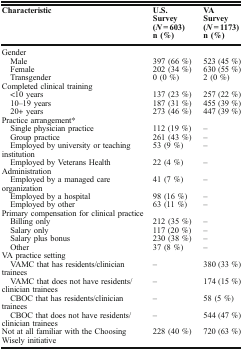
<table><thead><tr><td><b>Characteristic</b></td><td><b>U.S. Survey(<i>N</i> = 603)n (%)</b></td><td><b>VA Survey(<i>N</i> = 1173)n (%)</b></td></tr></thead><tbody><tr><td colspan="3">Gender</td></tr><tr><td> Male</td><td>397 (66 %)</td><td>523 (45 %)</td></tr><tr><td> Female</td><td>202 (34 %)</td><td>630 (55 %)</td></tr><tr><td> Transgender</td><td>0 (0 %)</td><td>2 (0 %)</td></tr><tr><td colspan="3">Completed clinical training</td></tr><tr><td> &lt;10 years</td><td>137 (23 %)</td><td>257 (22 %)</td></tr><tr><td> 10–19 years</td><td>187 (31 %)</td><td>455 (39 %)</td></tr><tr><td> 20+ years</td><td>273 (46 %)</td><td>447 (39 %)</td></tr><tr><td colspan="3">Practice arrangement*</td></tr><tr><td> Single physician practice</td><td>112 (19 %)</td><td>–</td></tr><tr><td> Group practice</td><td>261 (43 %)</td><td>–</td></tr><tr><td> Employed by university or teaching institution</td><td>53 (9 %)</td><td>–</td></tr><tr><td> Employed by Veterans Health Administration</td><td>22 (4 %)</td><td>–</td></tr><tr><td> Employed by a managed care organization</td><td>41 (7 %)</td><td>–</td></tr><tr><td> Employed by a hospital</td><td>98 (16 %)</td><td>–</td></tr><tr><td> Employed by other</td><td>63 (11 %)</td><td>–</td></tr><tr><td colspan="3">Primary compensation for clinical practice</td></tr><tr><td> Billing only</td><td>212 (35 %)</td><td>–</td></tr><tr><td> Salary only</td><td>117 (20 %)</td><td>–</td></tr><tr><td> Salary plus bonus</td><td>230 (38 %)</td><td>–</td></tr><tr><td> Other</td><td>37 (8 %)</td><td>–</td></tr><tr><td colspan="3">VA practice setting</td></tr><tr><td> VAMC that has residents/clinician trainees</td><td>–</td><td>380 (33 %)</td></tr><tr><td> VAMC that does not have residents/clinician trainees</td><td>–</td><td>174 (15 %)</td></tr><tr><td> CBOC that has residents/clinician trainees</td><td>–</td><td>58 (5 %)</td></tr><tr><td> CBOC that does not have residents/clinician trainees</td><td>–</td><td>544 (47 %)</td></tr><tr><td>Not at all familiar with the Choosing Wisely initiative</td><td>228 (40 %)</td><td>720 (63 %)</td></tr></tbody></table>